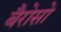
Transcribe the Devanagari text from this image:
बैरोसो